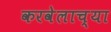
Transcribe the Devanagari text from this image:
करवेलाच्या